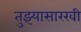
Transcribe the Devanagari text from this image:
तुझ्यासारखी